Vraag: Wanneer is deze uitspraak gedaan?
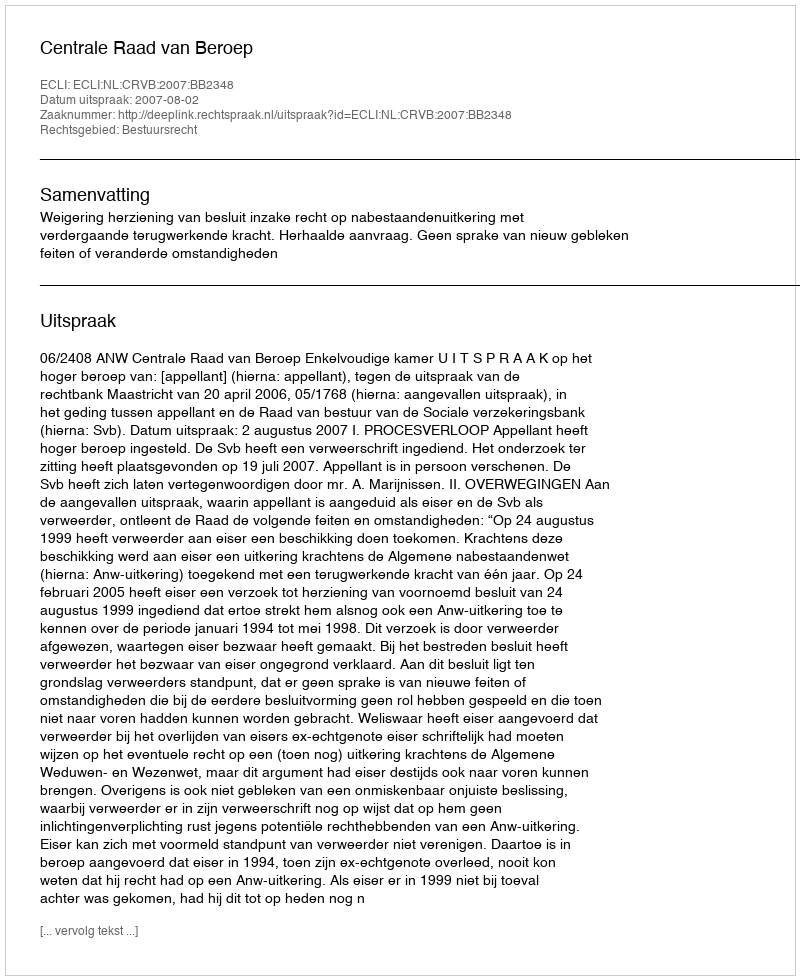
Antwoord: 2007-08-02